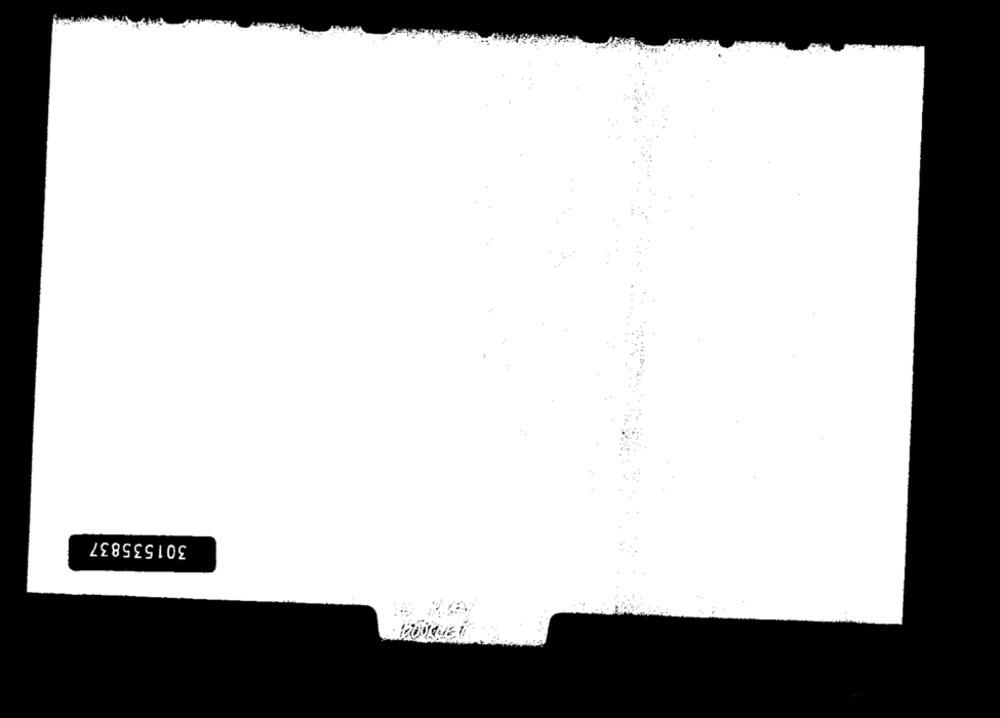
301535837